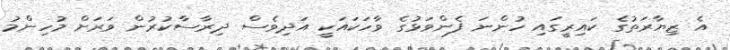
އެ ޒިޔާރަތުގެ ކައިރީގައި ހުންނަ ފެންވަޅުގެ ވާހަކައަކީ އަދިވެސް ދިރާސާކުރުން ވަރަށް މުހިންމު